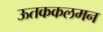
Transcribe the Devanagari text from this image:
ऊतककलमन